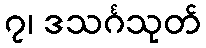
၇၊ ဒသင်္ဂသုတ်